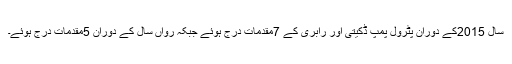
سال 2015کے دوران پٹرول پمپ ڈکیتی اور رابری کے 7مقدمات درج ہوئے جبکہ رواں سال کے دوران 5مقدمات درج ہوئے۔